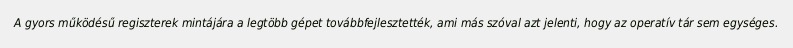
A gyors működésű regiszterek mintájára a legtöbb gépet továbbfejlesztették, ami más szóval azt jelenti, hogy az operatív tár sem egységes.